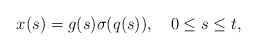
\begin{align*}x(s) = g(s) \sigma(q(s)),\quad0 \le s \le t,\end{align*}